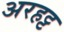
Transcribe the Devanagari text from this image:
अरहट्ट